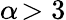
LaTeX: \alpha\! >3